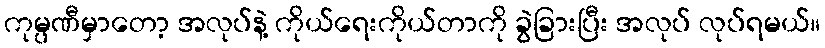
ကုမ္ပဏီမှာတော့ အလုပ်နဲ့ ကိုယ်ရေးကိုယ်တာကို ခွဲခြားပြီး အလုပ် လုပ်ရမယ်။